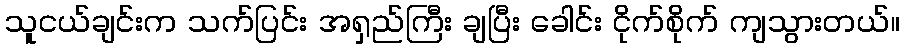
သူငယ်ချင်းက သက်ပြင်း အရှည်ကြီး ချပြီး ခေါင်း ငိုက်စိုက် ကျသွားတယ်။